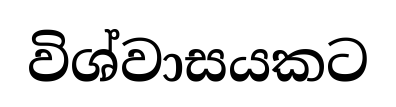
විශ්වාසයකට